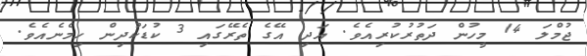
ޖުމްލަ 14 މީހުން ދަތުރުކުރިއެވެ. އަދި އޭގެ ތެރޭގައި 3 ކުޑަކުދިން ހިމެނެއެވެ.